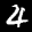
Label: 4